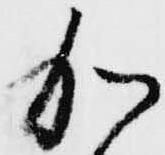
加